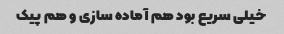
خیلی سریع بود هم آماده سازی و هم پیک